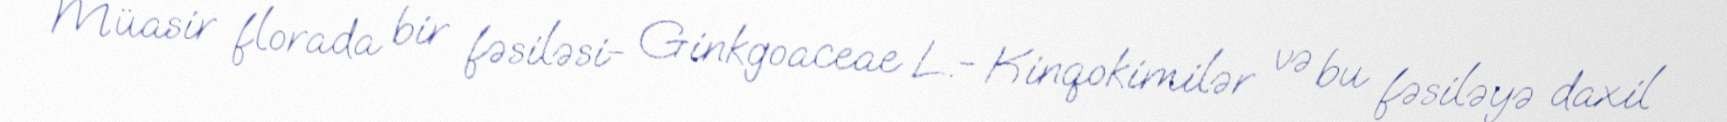
Müasir florada bir fəsiləsi- Ginkgoaceae L.- Kinqokimilər və bu fəsiləyə daxil